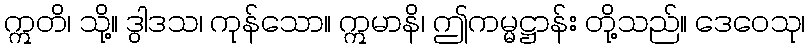
ဣတိ၊ သို့။ ဒွါဒသ၊ ကုန်သော။ ဣမာနိ၊ ဤကမ္မဋ္ဌာန်း တို့သည်။ ဒေဝေသု၊